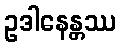
ဥဒါနေန္တဿ